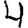
Digit: 4